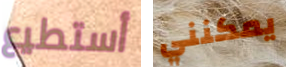
أستطيع يمكنني